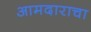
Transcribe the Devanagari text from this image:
आमदाराचा